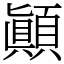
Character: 顚